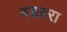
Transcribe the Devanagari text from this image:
बडहरा